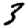
Digit: 3